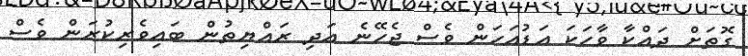
ގޮތަށް ދައްކާ ވާހަކަ އަޑުއަހަން ވެސް ޖެހޭނެ އަދި ރައްޔިތުން ބައިވެރިކުރަން ވެސް